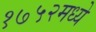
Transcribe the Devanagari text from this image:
१७५२मध्ये